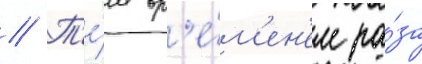
// Т'е́м вр'е́м'ен'ем ра́за